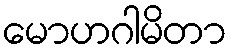
မောဟဂါမိတာ